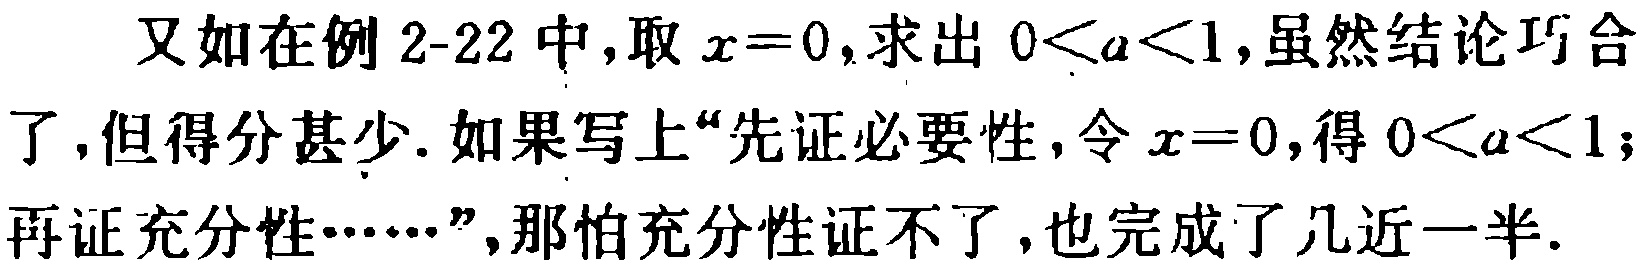
又如在例 2-22 中,取 \(x = 0\),求出 \(0 < a < 1\),虽然结论巧合了,但得分甚少.如果写上“先证必要性,令 \(x = 0\),得 \(0 < a < 1\);再证充分性……”,哪怕充分性证不了,也完成了几近一半.